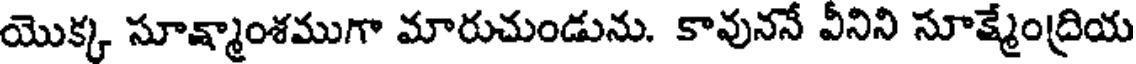
యొక్క సూక్ష్మాంశముగా మారుచుండును. కావుననే వీనిని సూక్మేంద్రియ